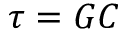
\tau = G C